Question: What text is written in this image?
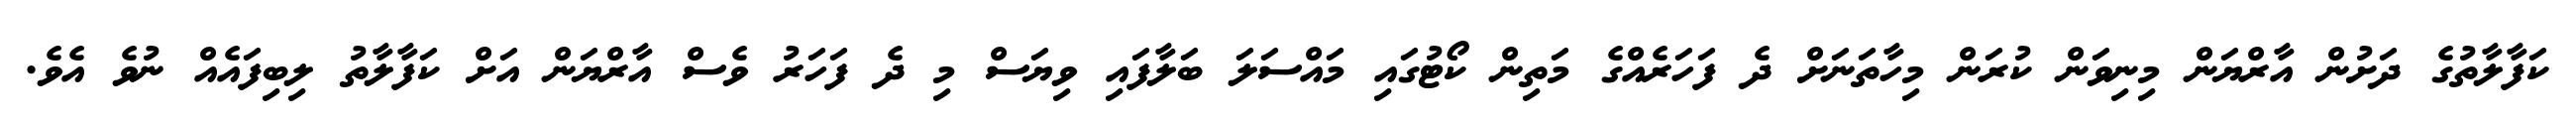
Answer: ކަފާލާތުގެ ދަށުން އާރްޔަން މިނިވަން ކުރަން މިހާތަނަށް ދެ ފަހަރެއްގެ މަތިން ކޯޓުގައި މައްސަލަ ބަލާފައި ވިޔަސް މި ދެ ފަހަރު ވެސް އާރްޔަން އަށް ކަފާލާތު ލިބިފައެއް ނުވެ އެވެ.